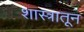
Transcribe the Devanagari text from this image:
शास्त्रातून